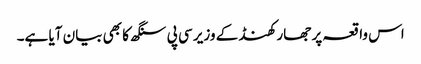
اس واقعہ پر جھارکھنڈ کے وزیر سی پی سنگھ کا بھی بیان آیا ہے۔